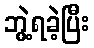
ဘွဲ့ရခဲ့ပြီး